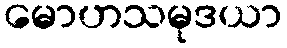
မောဟသမုဒယာ